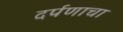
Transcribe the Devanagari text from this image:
दर्पणाचा